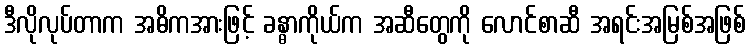
ဒီလိုလုပ်တာက အဓိကအားဖြင့် ခန္ဓာကိုယ်က အဆီတွေကို လောင်စာဆီ အရင်းအမြစ်အဖြစ်